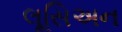
લૂસિઅન